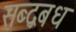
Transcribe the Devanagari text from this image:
सब्द्बबध